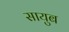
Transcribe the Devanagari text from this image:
सायुब